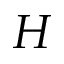
H